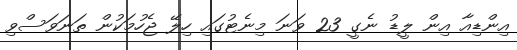
އިންޑިއާ އިން ލީޑު ނެގީ 23 ވަނަ މިނެޓުގައި ހިލޭ ޖެހުމަކުން ތަނަވަސްވި